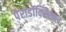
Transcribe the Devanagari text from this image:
पैराडॉक्सिकल